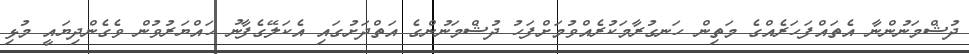
ދުޝްމަނުންނާ އެތައްފަހަރެއްގެ މަތިން ހަނގުރާމަކުރެއްވުމަށްފަހު ދުޝްމަނުންގެ އަތްދަށުގައި އެކަލޭގެފާނު ހައްޔަރުވުން ވެގެންދިޔައީ މުޅި